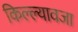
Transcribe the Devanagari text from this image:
किल्ल्यावजा